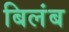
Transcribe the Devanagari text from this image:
बिलंब